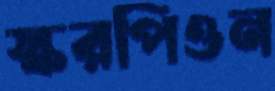
স্করপিওন